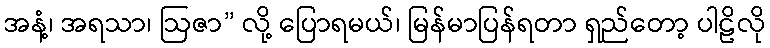
အနံ့၊ အရသာ၊ ဩဇာ” လို့ ပြောရမယ်၊ မြန်မာပြန်ရတာ ရှည်တော့ ပါဠိလို